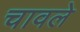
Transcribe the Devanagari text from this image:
चावले